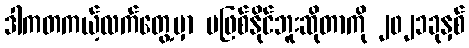
ဒါကတကယ့်လက်တွေ့မှာ မဖြစ်နိုင်ဘူးဆိုတာကို ၂၀၂၁ခုနှစ်